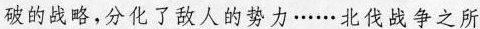
破的战略，分化了敌人的势力……北伐战争之所